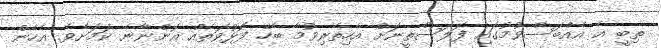
ތިބީ އެ އެއްބަސްވުމުގައި ފަލަސްތީނަށް އެހިތެރިވުމާ ބެހޭ ފޮޅުވަތެއް އޮންނާނެ ކަމަށެވެ. އެހެން